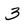
Character: 3